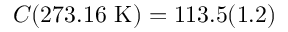
C ( 2 7 3 . 1 6 ~ \mathrm { K } ) = 1 1 3 . 5 ( 1 . 2 )